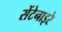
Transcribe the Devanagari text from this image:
सेंटेनाइरे